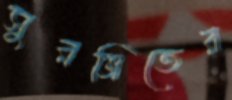
সুরঞ্জিতের